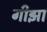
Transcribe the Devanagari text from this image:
गीझा